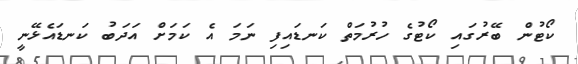
ކޯޓުން ބޭރުގައި ކޯޓުގެ ހުރުމަތް ކަނޑައިފި ނަމަ އެ ކަމަށް އަދަބު ކަނޑައެޅޭނީ